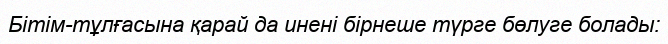
Бітім-тұлғасына қарай да инені бірнеше түрге бөлуге болады: